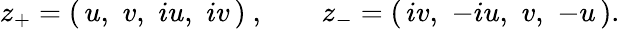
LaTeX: z_{+}=\left(\, u,\, \, v,\, \, iu,\, \, iv\, \right)\ ,\qquad z_{-}=\left(\, iv,\, \, -iu,\, \, v,\, \, -u\, \right).